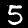
Label: 5